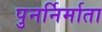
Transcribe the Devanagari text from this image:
पुनर्निर्माता